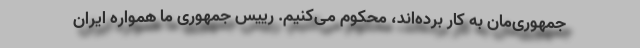
جمهوری‌مان به کار برده‌اند، محکوم می‌کنیم. رییس جمهوری ما همواره ایران